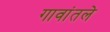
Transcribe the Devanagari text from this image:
गावांतले